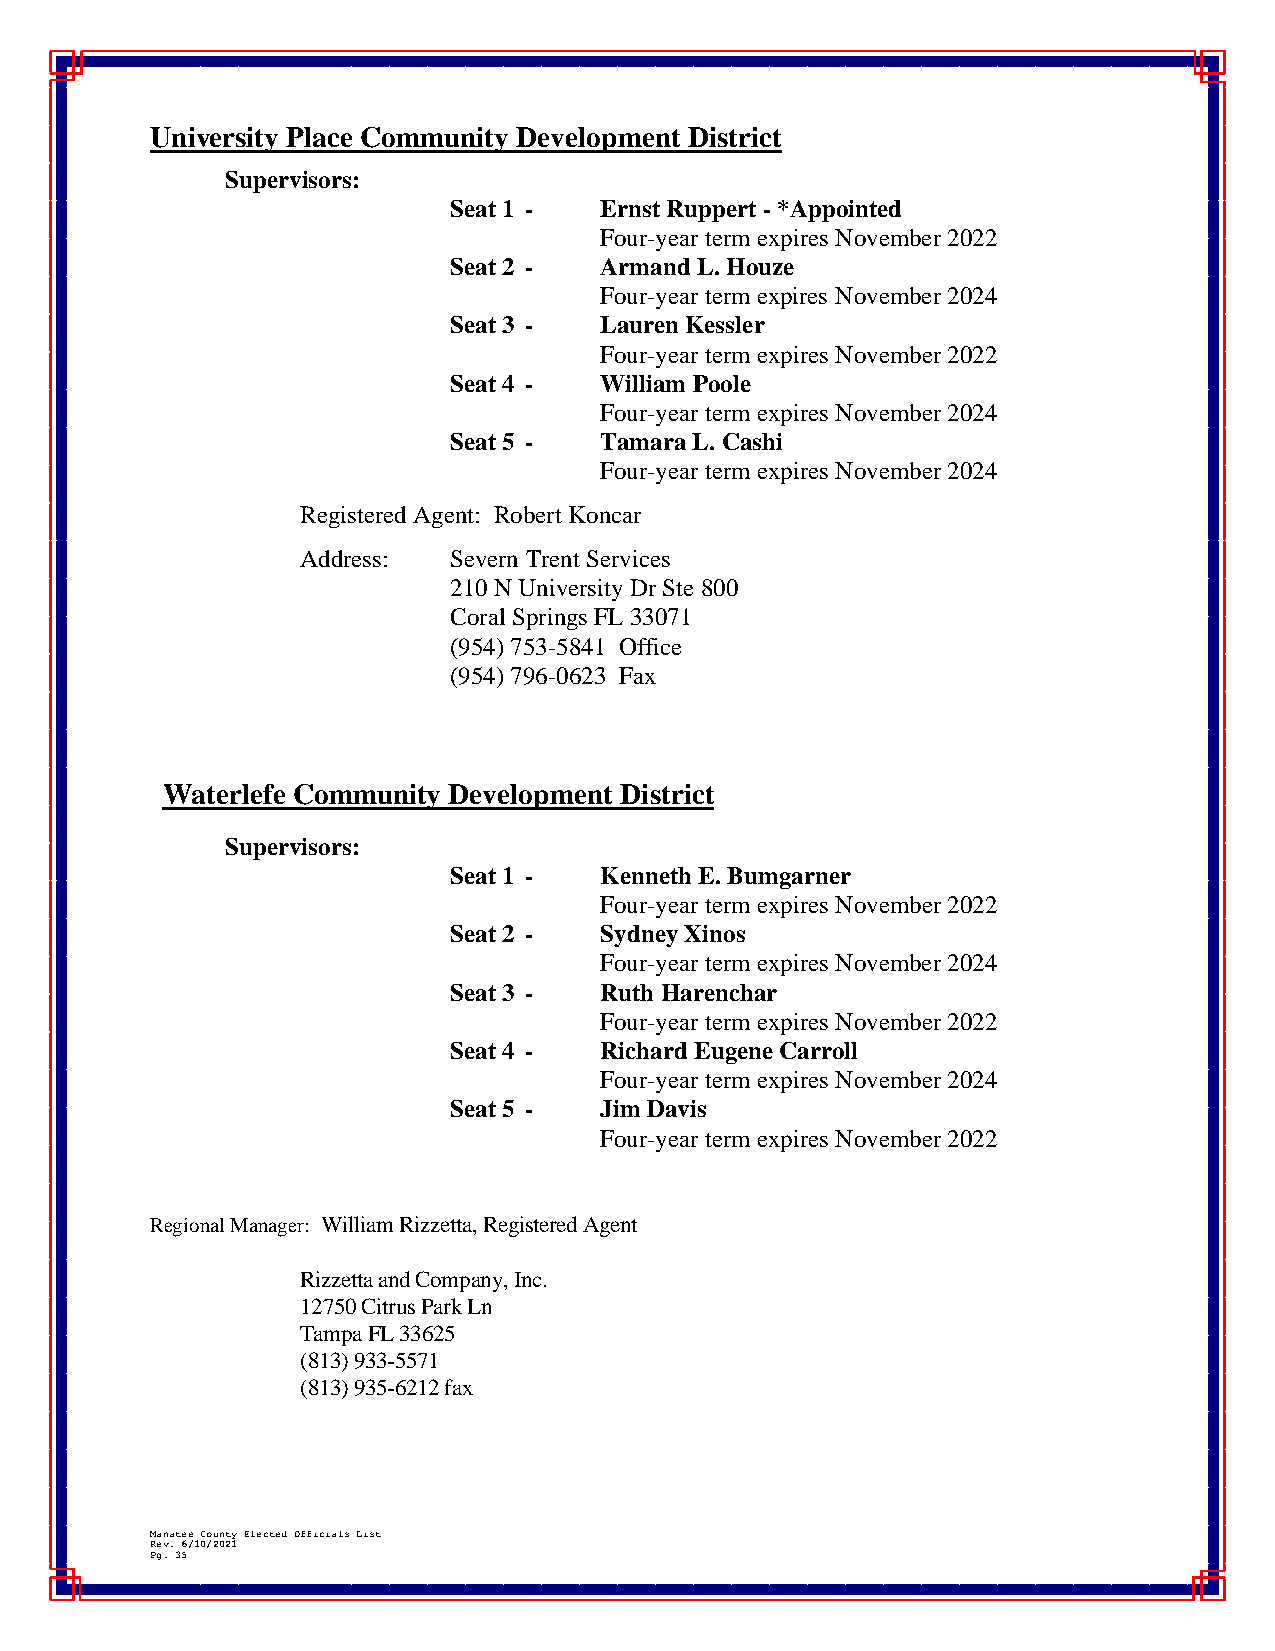
University Place Community Development District
 Supervisors:
 Seat 1 -  Ernst Ruppert - *Appointed
 Four-year term expires November 2022
 Seat 2 -  Armand L. Houze
 Four-year term expires November 2024
 Seat 3 -  Lauren Kessler
 Four-year term expires November 2022
 Seat 4 -  William Poole
 Four-year term expires November 2024
 Seat 5 -  Tamara L. Cashi
 Four-year term expires November 2024
 Registered Agent: Robert Koncar
 Address:  Severn Trent Services
 210 N University Dr Ste 800
 Coral Springs FL 33071
 (954) 753-5841 Office
 (954) 796-0623 Fax
 Waterlefe Community Development District
 Supervisors:
 Seat 1 -  Kenneth E. Bumgarner
 Four-year term expires November 2022
 Seat 2 -  Sydney Xinos
 Four-year term expires November 2024
 Seat 3 -  Ruth Harenchar
 Four-year term expires November 2022
 Seat 4 -  Richard Eugene Carroll
 Four-year term expires November 2024
 Seat 5 -  Jim Davis
 Four-year term expires November 2022
 Regional Manager: William Rizzetta, Registered Agent
 Rizzetta and Company, Inc.
 12750 Citrus Park Ln
 Tampa FL 33625
 (813) 933-5571
 (813) 935-6212 fax
 Manatee County Elected Officials List
 Rev. 6/10/2021
 Pg. 35